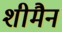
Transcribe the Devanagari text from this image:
शीमैन